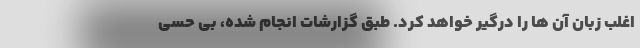
اغلب زبان آن ها را درگیر خواهد کرد. طبق گزارشات انجام شده، بی حسی